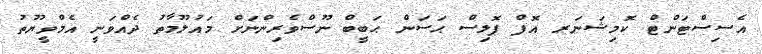
އެސިސްޓަންޓް ކޮމިޝަނަރ އޮފް ޕޮލިސް ޙަސަން ޙަބީބް ނޫސްވެރިންނަށް މައުލޫމާތު ދެއްވަނީ އެމްވީޔޫތު